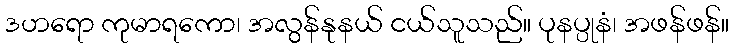
ဒဟရော ကုမာရကော၊ အလွန်နုနယ် ငယ်သူသည်။ ပုနပ္ပုနံ၊ အဖန်ဖန်။